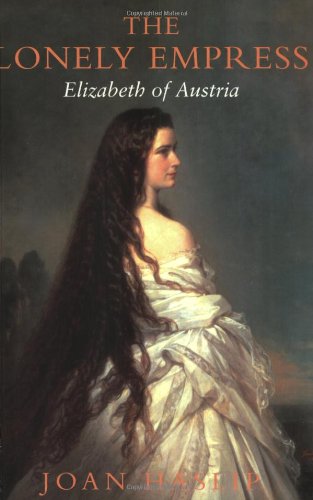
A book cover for The Lonely Empress: Elizabeth of Austria; Joan Haslip; History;